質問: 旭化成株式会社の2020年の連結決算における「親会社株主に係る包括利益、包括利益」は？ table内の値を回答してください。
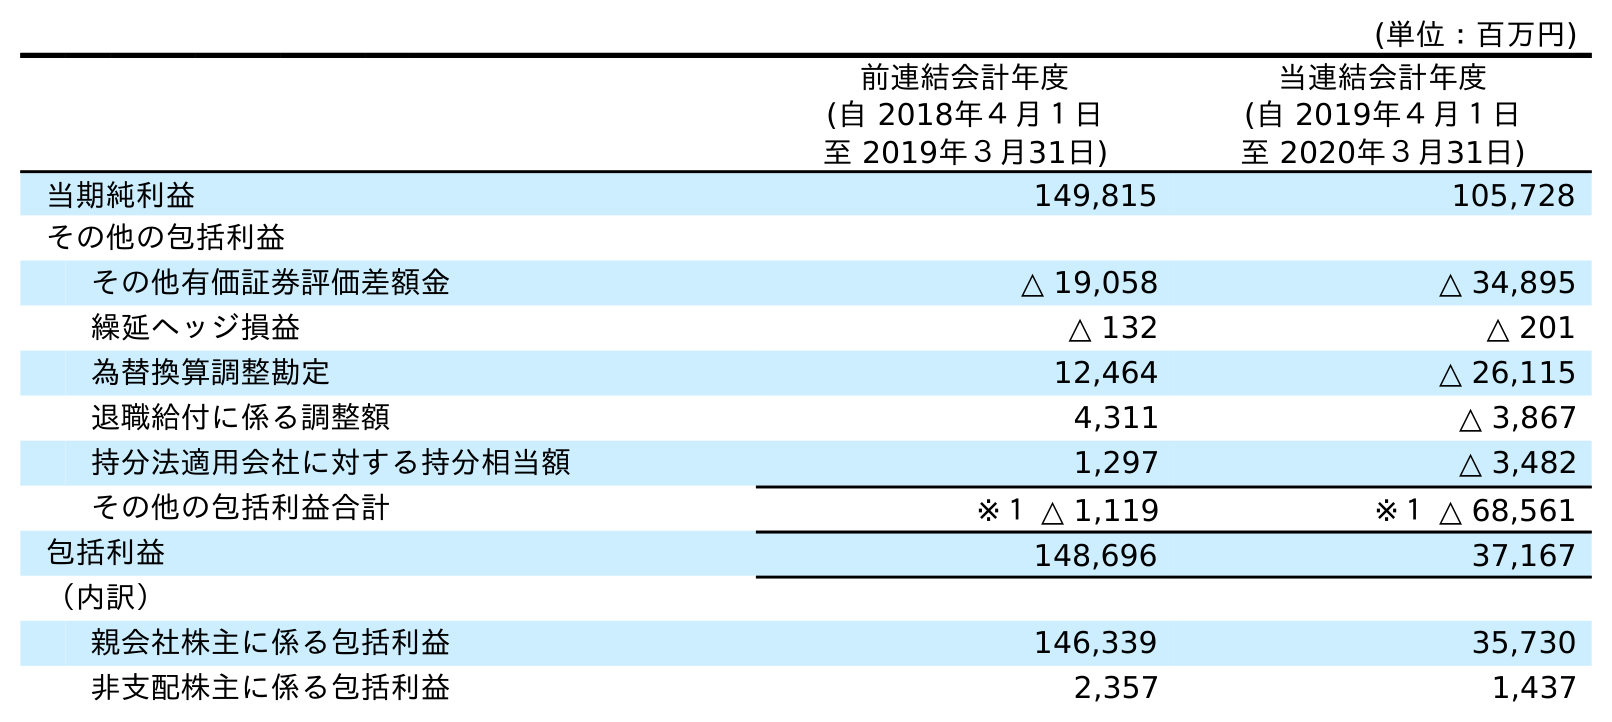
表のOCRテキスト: (単位：百万円) 前連結会計年度 (自 2018年４月１日 至 2019年３月31日) 当連結会計年度 (自 2019年４月１日 至 2020年３月31日) 当期純利益 149,815 105,728 その他の包括利益 その他有価証券評価差額金 △ 19,058 △ 34,895 繰延ヘッジ損益 △ 132 △ 201 為替換算調整勘定 12,464 △ 26,115 退職給付に係る調整額 4,311 △ 3,867 持分法適用会社に対する持分相当額 1,297 △ 3,482 その他の包括利益合計 ※１ △ 1,119 ※１ △ 68,561 包括利益 148,696 37,167 （内訳） 親会社株主に係る包括利益 146,339 35,730 非支配株主に係る包括利益 2,357 1,437
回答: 35,730